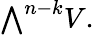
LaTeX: {\textstyle\bigwedge}^{n-k}V.